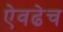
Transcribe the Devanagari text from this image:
ऐवढेच